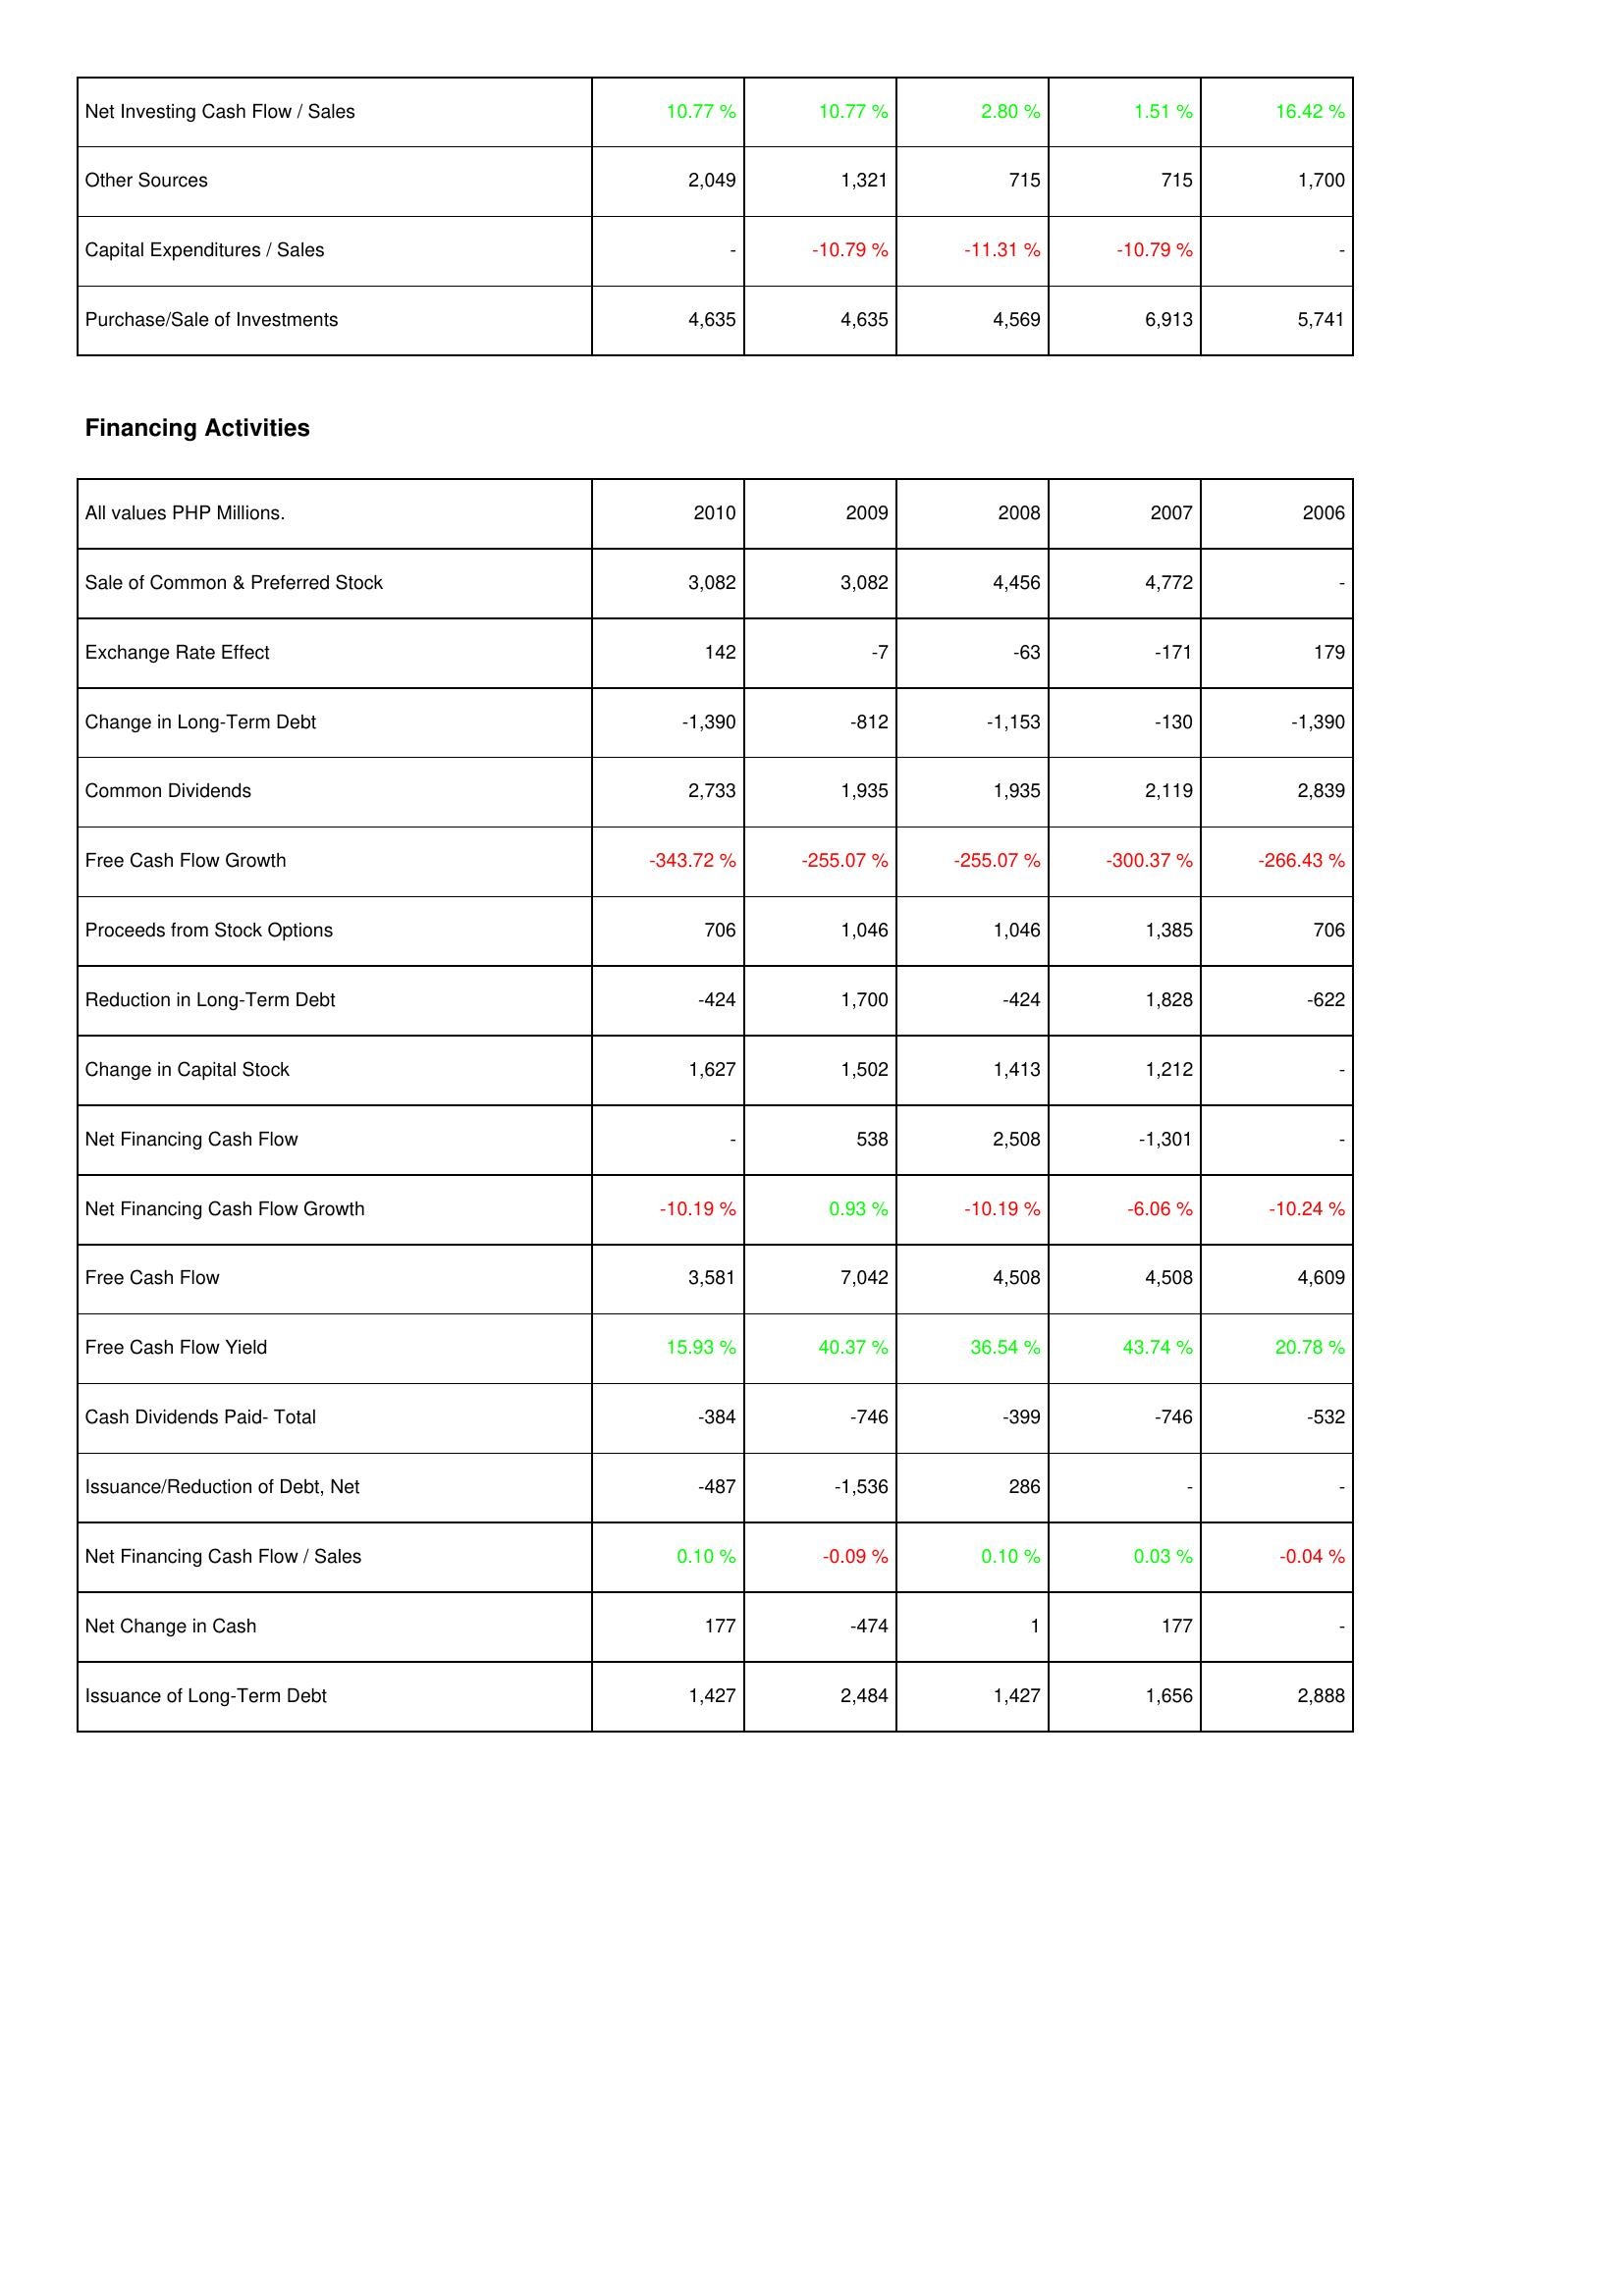
2010: Investing Activities: Net Investing Cash Flow / Sales: 10.77 %
Other Sources: 2,049
Capital Expenditures / Sales: -
Purchase/Sale of Investments: 4,635
Financing Activities: Sale of Common & Preferred Stock: 3,082
Exchange Rate Effect: 142
Change in Long-Term Debt: -1,390
Common Dividends: 2,733
Free Cash Flow Growth: -343.72 %
Proceeds from Stock Options: 706
Reduction in Long-Term Debt: -424
Change in Capital Stock: 1,627
Net Financing Cash Flow: -
Net Financing Cash Flow Growth: -10.19 %
Free Cash Flow: 3,581
Free Cash Flow Yield: 15.93 %
Cash Dividends Paid- Total: -384
Issuance/Reduction of Debt, Net: -487
Net Financing Cash Flow / Sales: 0.10 %
Net Change in Cash: 177
Issuance of Long-Term Debt: 1,427
2009: Investing Activities: Net Investing Cash Flow / Sales: 10.77 %
Other Sources: 1,321
Capital Expenditures / Sales: -10.79 %
Purchase/Sale of Investments: 4,635
Financing Activities: Sale of Common & Preferred Stock: 3,082
Exchange Rate Effect: -7
Change in Long-Term Debt: -812
Common Dividends: 1,935
Free Cash Flow Growth: -255.07 %
Proceeds from Stock Options: 1,046
Reduction in Long-Term Debt: 1,700
Change in Capital Stock: 1,502
Net Financing Cash Flow: 538
Net Financing Cash Flow Growth: 0.93 %
Free Cash Flow: 7,042
Free Cash Flow Yield: 40.37 %
Cash Dividends Paid- Total: -746
Issuance/Reduction of Debt, Net: -1,536
Net Financing Cash Flow / Sales: -0.09 %
Net Change in Cash: -474
Issuance of Long-Term Debt: 2,484
2008: Investing Activities: Net Investing Cash Flow / Sales: 2.80 %
Other Sources: 715
Capital Expenditures / Sales: -11.31 %
Purchase/Sale of Investments: 4,569
Financing Activities: Sale of Common & Preferred Stock: 4,456
Exchange Rate Effect: -63
Change in Long-Term Debt: -1,153
Common Dividends: 1,935
Free Cash Flow Growth: -255.07 %
Proceeds from Stock Options: 1,046
Reduction in Long-Term Debt: -424
Change in Capital Stock: 1,413
Net Financing Cash Flow: 2,508
Net Financing Cash Flow Growth: -10.19 %
Free Cash Flow: 4,508
Free Cash Flow Yield: 36.54 %
Cash Dividends Paid- Total: -399
Issuance/Reduction of Debt, Net: 286
Net Financing Cash Flow / Sales: 0.10 %
Net Change in Cash: 1
Issuance of Long-Term Debt: 1,427
2007: Investing Activities: Net Investing Cash Flow / Sales: 1.51 %
Other Sources: 715
Capital Expenditures / Sales: -10.79 %
Purchase/Sale of Investments: 6,913
Financing Activities: Sale of Common & Preferred Stock: 4,772
Exchange Rate Effect: -171
Change in Long-Term Debt: -130
Common Dividends: 2,119
Free Cash Flow Growth: -300.37 %
Proceeds from Stock Options: 1,385
Reduction in Long-Term Debt: 1,828
Change in Capital Stock: 1,212
Net Financing Cash Flow: -1,301
Net Financing Cash Flow Growth: -6.06 %
Free Cash Flow: 4,508
Free Cash Flow Yield: 43.74 %
Cash Dividends Paid- Total: -746
Issuance/Reduction of Debt, Net: -
Net Financing Cash Flow / Sales: 0.03 %
Net Change in Cash: 177
Issuance of Long-Term Debt: 1,656
2006: Investing Activities: Net Investing Cash Flow / Sales: 16.42 %
Other Sources: 1,700
Capital Expenditures / Sales: -
Purchase/Sale of Investments: 5,741
Financing Activities: Sale of Common & Preferred Stock: -
Exchange Rate Effect: 179
Change in Long-Term Debt: -1,390
Common Dividends: 2,839
Free Cash Flow Growth: -266.43 %
Proceeds from Stock Options: 706
Reduction in Long-Term Debt: -622
Change in Capital Stock: -
Net Financing Cash Flow: -
Net Financing Cash Flow Growth: -10.24 %
Free Cash Flow: 4,609
Free Cash Flow Yield: 20.78 %
Cash Dividends Paid- Total: -532
Issuance/Reduction of Debt, Net: -
Net Financing Cash Flow / Sales: -0.04 %
Net Change in Cash: -
Issuance of Long-Term Debt: 2,888